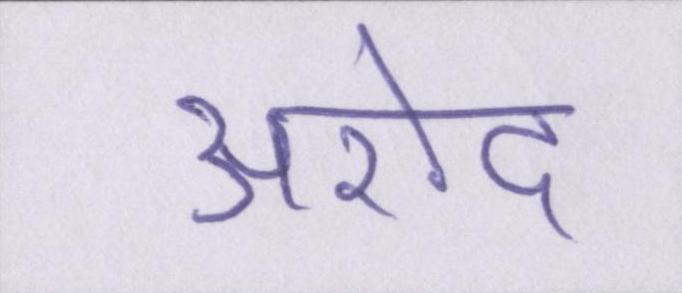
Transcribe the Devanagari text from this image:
अरोद